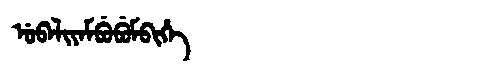
Manchu: ᡠᠪᠠᠯᡳᠶᠠᠮᠪᡠᠪᡠᠮᠪᡳᡥᡝ
Romanization: UBALIYAMBUBUMBIHE